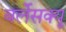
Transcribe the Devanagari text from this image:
बर्लेसक्यू